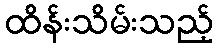
ထိန်းသိမ်းသည့်